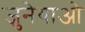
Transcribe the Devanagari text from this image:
जुनेयाओ